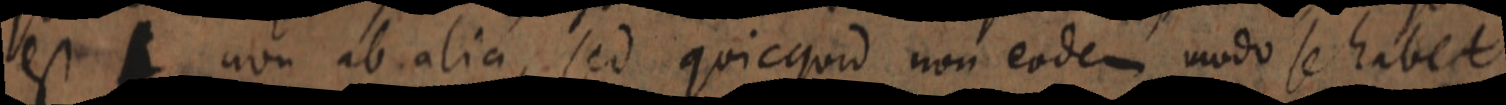
est non ab alia, sed quicquid non eodem modo se habet